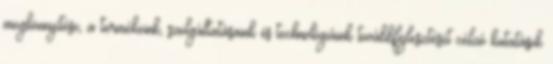
megkönnyítése, a termékeink, szolgáltatásaink és technológiáink továbbfejlesztését célzó kutatások